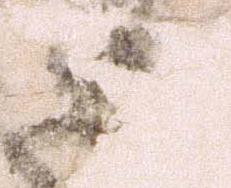
徒